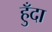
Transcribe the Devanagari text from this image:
हुँदा